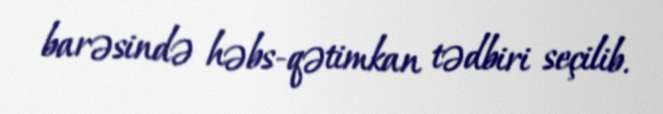
barəsində həbs-qətimkan tədbiri seçilib.